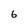
Character: 6